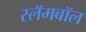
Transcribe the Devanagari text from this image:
स्लॅमबॉल